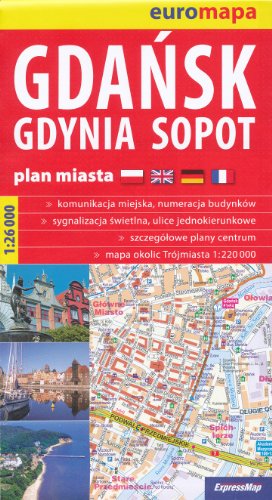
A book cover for Gdansk, Gdynia, Sopot (Poland) 1:26,000 Large Street Map; ExpressMap; Travel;